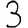
Digit: 3